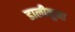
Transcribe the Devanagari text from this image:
डालीनुमा